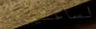
لساعتين